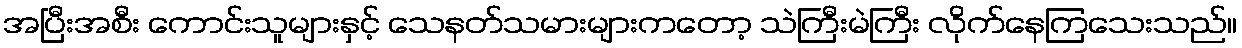
အပြီးအစီး ကောင်းသူများနှင့် သေနတ်သမားများကတော့ သဲကြီးမဲကြီး လိုက်နေကြသေးသည်။